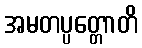
အမတပ္ပတ္တောတိ